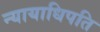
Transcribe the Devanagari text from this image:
न्यायाधिपति